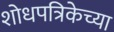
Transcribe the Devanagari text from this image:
शोधपत्रिकेच्या